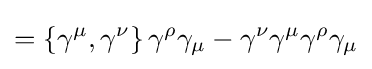
=\left\{\gamma ^{\mu },\gamma ^{\nu }\right\}\gamma ^{\rho }\gamma _{\mu }-\gamma ^{\nu }\gamma ^{\mu }\gamma ^{\rho }\gamma _{\mu }